Tezpur Lunatic Asylum reports 1877-1894 - 1877-1894
Year: 1877
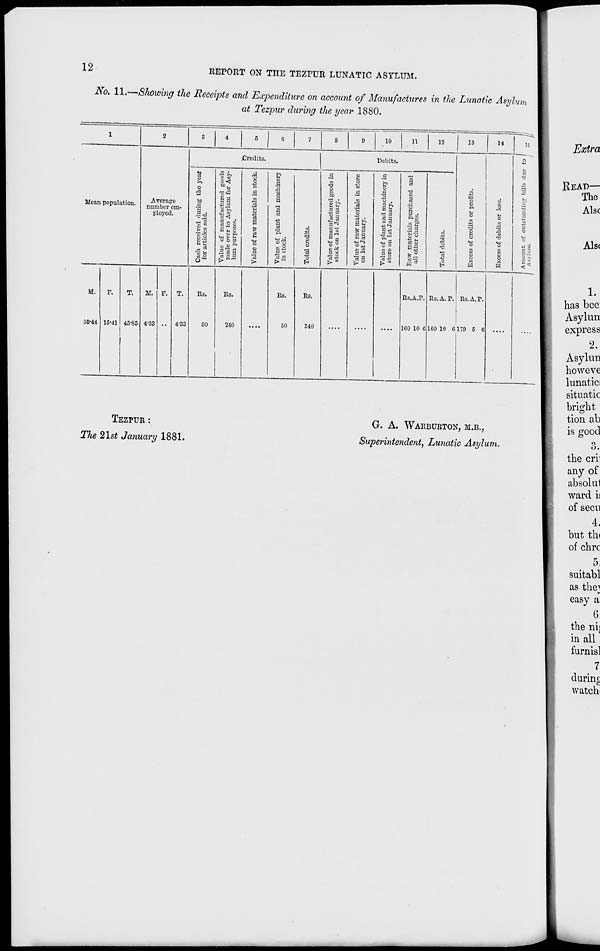
12
REPORT ON THE TEZPUR LUNATIC ASYLUM.
No. 11.—Showing the Receipts and Expenditure on account of Manufactures in the Lunatic Asylum
at Tezpur during the year 1880.
1
2
3
4
5
G
7
8
0
10
11
12
13
14
18
Average
number em-
ployed.
Credits.
Debits.
iS o
P.
o
e u
"o
o
M
W
o
h o
Si
1 ■3
O
'&
o
H
M
o
a> 3
13
Id
bo
■3
a
5
"o
ll
c :-,
Mean population.
a
w
o
S
to
p
•a
I-d
S3
A <*
11
42 til
o<]
II
||
•si a
!
ID
.3
1
0
■a
3
s
.3
u 3
a
§
a a
"B
o -8
"3 B
■3
S
o
H
.9
o
So
§1
■ill
a ■«
a B
.2 o
o
o
.9
is
^ cj
a
i
la o .
as
a a
a a
s« ■
a to
*S
"g-3
as
O
M.
30-44
F.
15-41
T.
45-85
M.
4-33
F. T.
4-33
Rs.
50
Rs.
240
....
Rs.
50
Rs.
340
....
....
....
Rs.A.P.
160 10 C
Rs.A.P. Rs.A.P.
160 10 C179 5 6
....
TEZPUR :
TJie 21s* January 1881.
G. A. WAEBUETON, M.B.,
Superintendent, Lunatic Asylum.
Extra
READ—
The
Alsc
Als(
1.
has bee:
Asylun
express
2.
Asylun
howeve
lunatic!
situatic
bright
tion ab
is good
o
O.
the crii
any of
absolut
ward is
of seen
4.
but tin
of chrc
5.
suitabl
as the^
easy a
6
the ni<
in all
furnisl
7
during
watch-